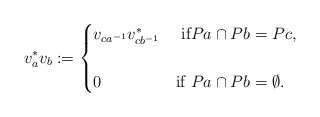
\begin{align*}v_{a}^{*}v_{b}:=\begin{cases}v_{ca^{-1}}v_{cb^{-1}}^{*} & \mbox{ if} Pa \cap Pb = Pc,\cr &\cr 0 & \mbox{if } Pa \cap Pb =\emptyset. \end{cases}\end{align*}